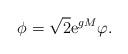
LaTeX: \begin{align*}\phi =\sqrt{2}{\rm e}^{gM}\varphi . \end{align*}